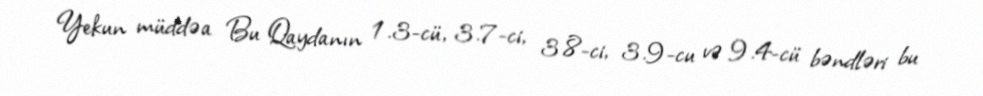
Yekun müddəa Bu Qaydanın 1.3-cü, 3.7-ci, 3.8-ci, 3.9-cu və 9.4-cü bəndləri bu